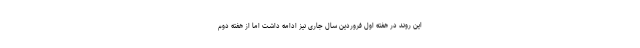
این روند در هفته اول فروردین سال جاری نیز ادامه داشت اما از هفته دوم